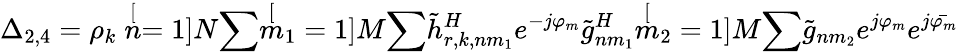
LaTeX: \Delta_{2,4}=\rho_{k}\stackrel[n=1]{N}{\sum}\stackrel[m_{1}=1]{M}{\sum}\tilde{h}_{r,k,nm_{1}}^{H}e^{-j\varphi_{m}}\tilde{g}_{nm_{1}}^{H}\stackrel[m_{2}=1]{M}{\sum}\tilde{g}_{nm_{2}}e^{j\varphi_{m}}e^{j\bar{\varphi_{m}}}